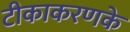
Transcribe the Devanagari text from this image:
टीकाकरणके